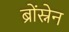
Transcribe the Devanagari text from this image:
ब्रोंस्नेन